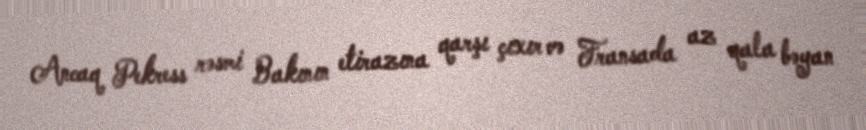
Ancaq Pekress rəsmi Bakının etirazına qarşı çıxır və Fransada az qala bəyan